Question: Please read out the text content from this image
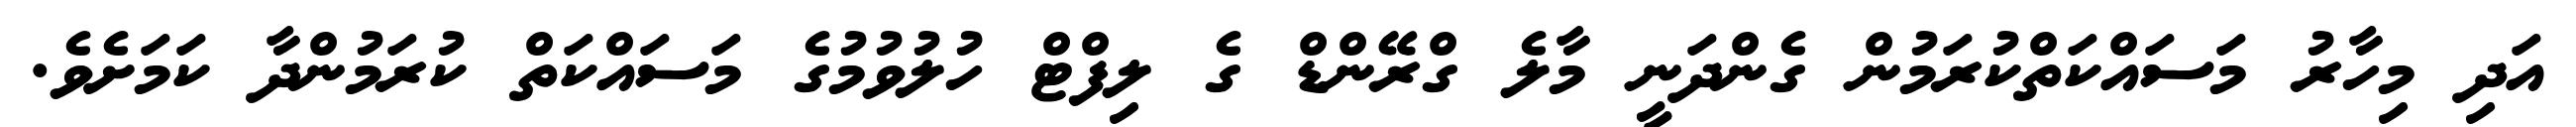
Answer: އަދި މިހާރު މަސައްކަތްކުރަމުން ގެންދަނީ މާލެ ގްރޭންޑް ގެ ލިފްޓް ހުލުވުމުގެ މަސައްކަތް ކުރަމުންދާ ކަމަށެވެ.